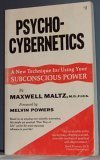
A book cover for Psycho-Cybernetics: A New Technique for Using Your Subconscious Power; Maxwell Maltz; Computers & Technology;